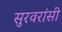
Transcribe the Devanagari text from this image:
सुरवरांसी